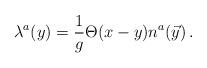
LaTeX: \begin{align*}\lambda^a(y)={\frac{1}{g}}\Theta(x-y)n^a(\vec y) \,.\end{align*}